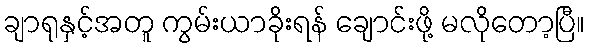
ချာရုနှင့်အတူ ကွမ်းယာခိုးရန် ချောင်းဖို့ မလိုတော့ပြီ။